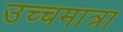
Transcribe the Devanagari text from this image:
उच्चमात्रा